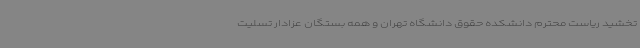
تخشید ریاست محترم دانشکده حقوق دانشگاه تهران و همه بستگان عزادار تسلیت